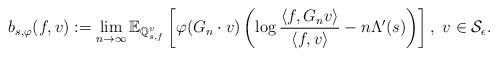
LaTeX: \begin{align*}b_{s, \varphi}(f, v): = \lim_{n \to \infty} \mathbb{E}_{\mathbb{Q}_{s,f}^v} \left[ \varphi(G_n \cdot v) \left( \log \frac{\langle f, G_n v \rangle}{\langle f, v \rangle} - n \Lambda'(s) \right) \right],\ v \in \mathcal{S}_{\epsilon}. \end{align*}